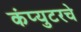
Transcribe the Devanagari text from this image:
कंप्युटरचे